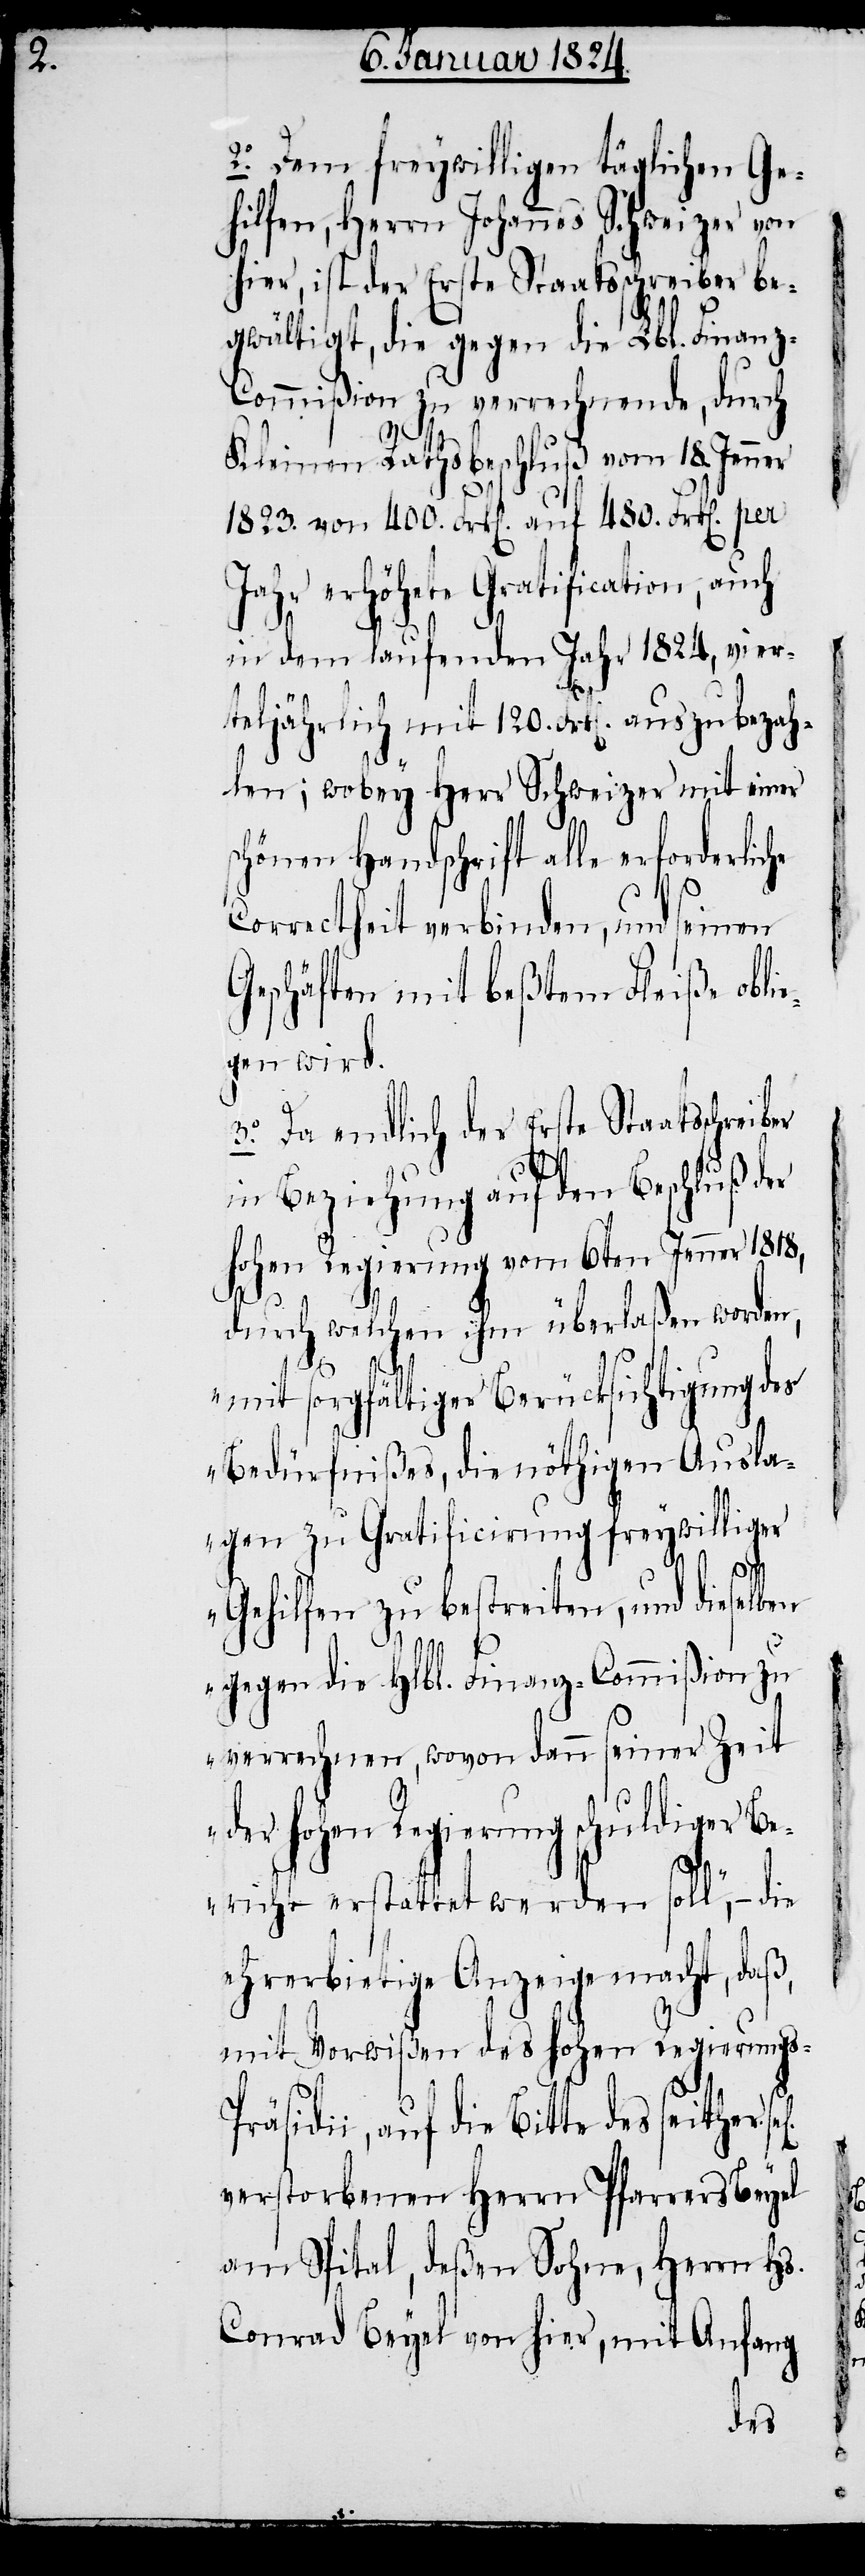
2. Dem freywilligen täglichen Ge¬
hilfen, Herrn Johannes Schweizer von
hier, ist der Erste Staatsschreiber be¬
gwältigt, die gegen die Lbl. Finan¬
z-Commißion zu verrechnende, durch
s-Prä¬
Kleinen Rathsbeschluß vom 18. Jenner
1823. von 400. Frk[en]. auf 480. Frk[en]. per
Jahr erhöhete Gratification, auch
in dem laufenden Jahr 1824, vier¬
teljährlich mit 120 Frk[en]. auszubezah¬
len; wobey Herr Schweizer mit einer
schönen Handschrift alle erforderlic¬
Correctheit verbinden, und seinen
Geschäften mit beßtem Fleiß obli¬
egen wird.
3. Da endlich der Erste Staatsschreiber
in Beziehung auf den Beschluß der
hohen Regierung vom 6ten Jenner 1818,
durch welchen ihm überlaßen worden,
mit sorgfältiger Berücksichtigung des
Bedürfnißes, die nöthigen Ausla¬
gen zu Gratificirung freywilliger
Gehilfen zu bestreiten, und dieselben
verrechnen, wovon dann seiner Zeit
der hohen Regierung schuldiger B¬
he
ericht erstattet werden soll, – die
ehrerbietige Anzeige macht, daß,
mit Vorwißen des hohen Regierung¬
sidii, auf die Bitte des seither
verstorbenen Herrn Pfarrers Beyel
am Spital, deßen Sohne, Herrn Hs.
Conrad Beyel von hier, mit Anfang